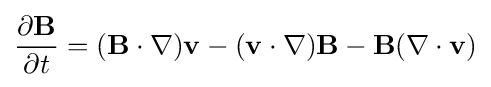
{\frac {\partial \mathbf {B} }{\partial t}}=(\mathbf {B} \cdot \nabla )\mathbf {v} -(\mathbf {v} \cdot \nabla )\mathbf {B} -\mathbf {B} (\nabla \cdot \mathbf {v} )